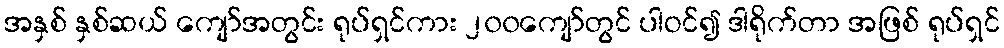
အနှစ် နှစ်ဆယ် ကျော်အတွင်း ရုပ်ရှင်ကား ၂၀၀ကျော်တွင် ပါဝင်၍ ဒါရိုက်တာ အဖြစ် ရုပ်ရှင်